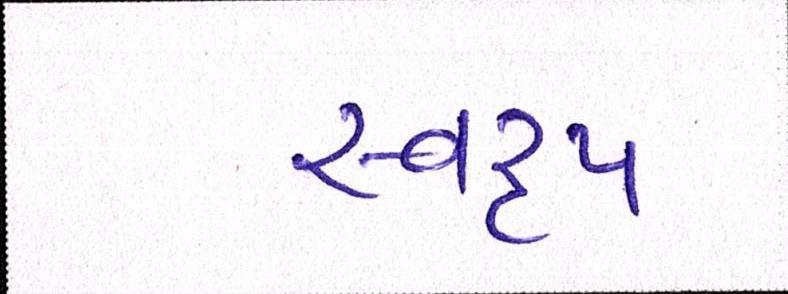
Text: સ્વરૃપ